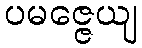
ပမဇ္ဇေယျ